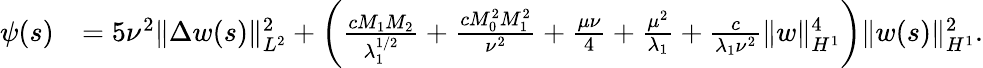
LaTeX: \begin{array}{rl}{\psi(s)}&{=5\nu^{2}\| \Delta w(s)\| _{L^{2}}^{2}+\left(\frac{cM_{1}M_{2}}{\lambda_{1}^{1/2}}+\frac{cM_{0}^{2}M_{1}^{2}}{\nu^{2}}+\frac{\mu\nu}{4}+\frac{\mu^{2}}{\lambda_{1}}+\frac{c}{\lambda_{1}\nu^{2}}\| w\| _{H^{1}}^{4}\right)\| w(s)\| _{H^{1}}^{2}.}\end{array}